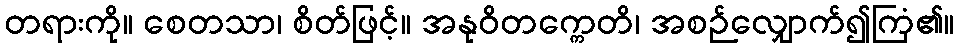
တရားကို။ စေတသာ၊ စိတ်ဖြင့်။ အနုဝိတက္ကေတိ၊ အစဉ်လျှောက်၍ကြံ၏။